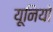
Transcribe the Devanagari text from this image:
यूनियो